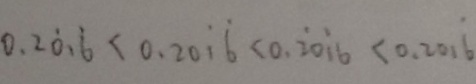
0 . 2 \dot { 0 } 1 \dot { 6 } < 0 . 2 0 \dot { 1 } \dot { 6 } < 0 . \dot { 2 } 0 \dot { 1 } 6 < 0 . 2 0 1 \dot { 6 }